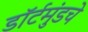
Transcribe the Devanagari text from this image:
डॉर्टमुंडचे